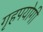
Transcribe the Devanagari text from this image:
गृहपयोगी